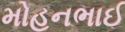
મોહનભાઈ